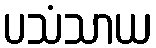
ပသံသာယ